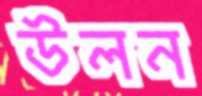
উলন